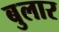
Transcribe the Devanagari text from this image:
बुलार